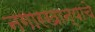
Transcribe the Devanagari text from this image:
नगारखान्याचे